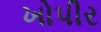
ખોપીર